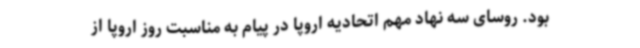
بود. روسای سه نهاد مهم اتحادیه اروپا در پیام به مناسبت روز اروپا از